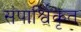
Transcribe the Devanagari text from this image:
संपार्श्विकृत